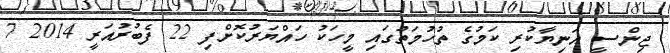
ޖިންސީ އަނިޔާކުރި ކަމުގެ ތުހުމަތުގައި މީހަކު ހައްޔަރުކޮށްފި 22 ފެބުރުއަރީ 2014 7